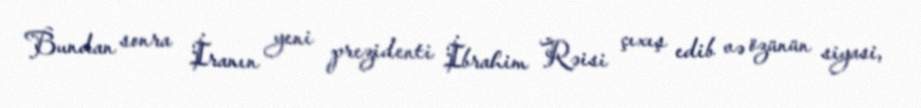
Bundan sonra İranın yeni prezidenti İbrahim Rəisi çıxış edib və özünün siyasi,